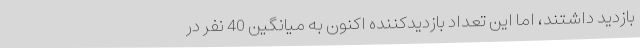
بازدید داشتند، اما این تعداد بازدیدکننده اکنون به میانگین 40 نفر در